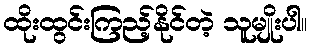
ထိုးထွင်းကြည့်နိုင်တဲ့ သူမျိုးပါ။